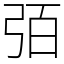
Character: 㢶